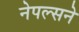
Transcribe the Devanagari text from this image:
नेपल्सने